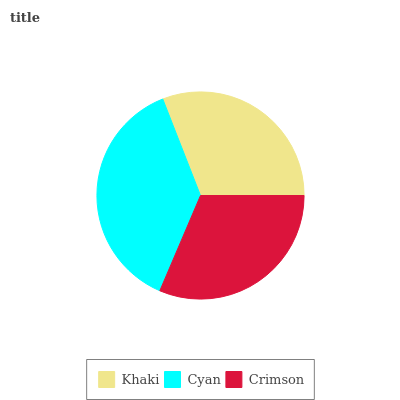
| Khaki | Cyan | Crimson |
 | --- | --- | --- |
 | 30.9% | 37.7% | 31.4% |